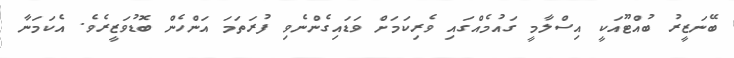
ބޭނަޒީރު ބުއްޓޫއަކީ އިސްލާމީ ގައުމެއްގައި ވެރިކަމަށް ވަޑައިގެންނެވި ފުރަތަމަ އަންހެން ބޮޑުވަޒީރެވެ. އެކަމަނާ